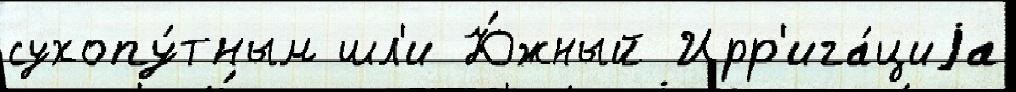
сухопу́тным шл'и Ю́жный Ирр'ига́циjа